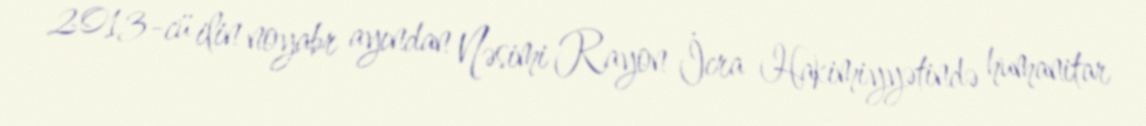
2013-cü ilin noyabr ayından Nəsimi Rayon İcra Hakimiyyətində humanitar